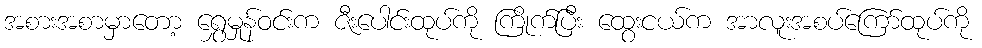
အစားအစာမှာတော့ ရွှေမှုန်ဝင်းက ဇီးပေါင်းထုပ်ကို ကြိုက်ပြီး ထွေးငယ်က အာလူးအစပ်ကြော်ထုပ်ကို